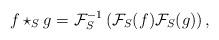
LaTeX: \begin{align*}f \star_S g = \mathcal{F}_S^{-1}\left(\mathcal{F}_S(f) \mathcal{F}_S(g)\right),\end{align*}